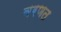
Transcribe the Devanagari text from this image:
वरणत